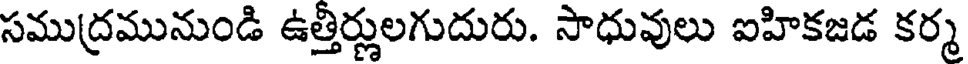
సముద్రమునుండి ఉత్తిర్ణులగుదురు. సాధువులు ఐహికజడ కర్మ